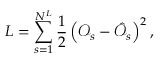
L = \sum _ { s = 1 } ^ { N ^ { L } } \frac { 1 } { 2 } \left( \mathcal { O } _ { s } - \hat { \mathcal { O } } _ { s } \right) ^ { 2 } ,